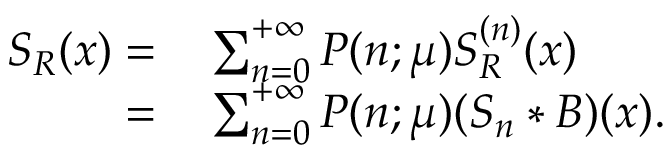
\begin{array} { r l } { S _ { R } ( x ) = } & { { } \sum _ { n = 0 } ^ { + \infty } P ( n ; \mu ) S _ { R } ^ { ( n ) } ( x ) } \\ { = } & { { } \sum _ { n = 0 } ^ { + \infty } P ( n ; \mu ) ( S _ { n } * B ) ( x ) . } \end{array}